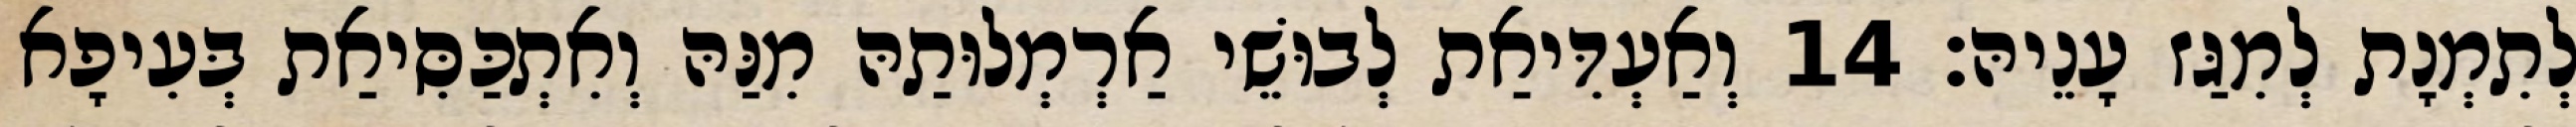
לְתִמְנָת לְמִגַּז עָנֵיהּ׃ 14 וְאַעְדִּיאַת לְבוּשֵׁי אַרְמְלוּתַהּ מִנַּהּ וְאִתְכַּסִּיאַת בְּעִיפָא